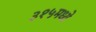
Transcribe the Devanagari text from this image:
३१५मध्ये